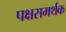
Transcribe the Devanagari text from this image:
पक्षसमर्थक